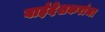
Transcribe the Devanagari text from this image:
वाईंदेशकरांचा